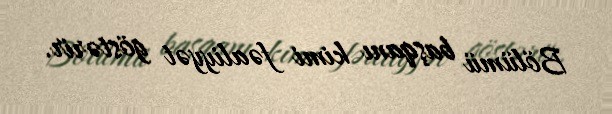
Bölümü başqanı kimi fəaliyyət göstərir.